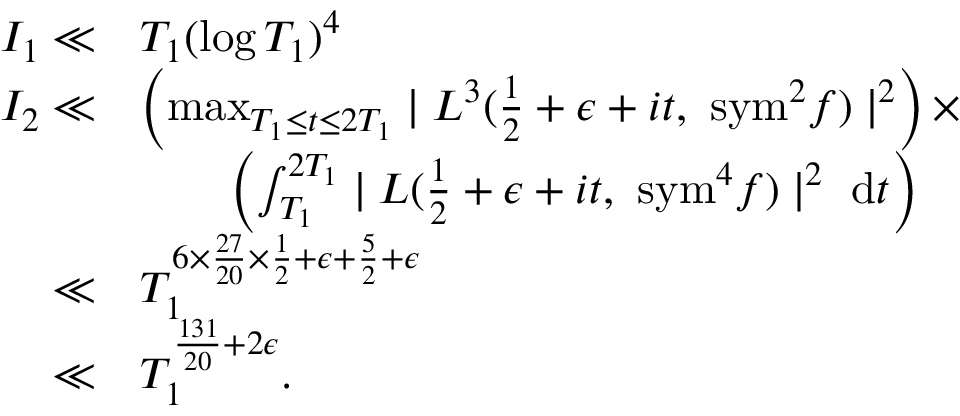
\begin{array} { r l } { I _ { 1 } \ll } & { T _ { 1 } ( \log T _ { 1 } ) ^ { 4 } } \\ { I _ { 2 } \ll } & { \left( \operatorname* { m a x } _ { T _ { 1 } \leq t \leq 2 T _ { 1 } } \mid L ^ { 3 } ( \frac { 1 } { 2 } + \epsilon + i t , \ \mathrm { { s y m } } ^ { 2 } f ) \mid ^ { 2 } \right) \times } \\ & { \qquad \left( \int _ { T _ { 1 } } ^ { 2 T _ { 1 } } \mid L ( \frac { 1 } { 2 } + \epsilon + i t , \ { \mathrm { s y m } } ^ { 4 } f ) \mid ^ { 2 } \ \mathrm { d } t \right) } \\ { \ll } & { T _ { 1 } ^ { 6 \times \frac { 2 7 } { 2 0 } \times \frac { 1 } { 2 } + \epsilon + \frac { 5 } { 2 } + \epsilon } } \\ { \ll } & { T _ { 1 } ^ { \frac { 1 3 1 } { 2 0 } + 2 \epsilon } . } \end{array}